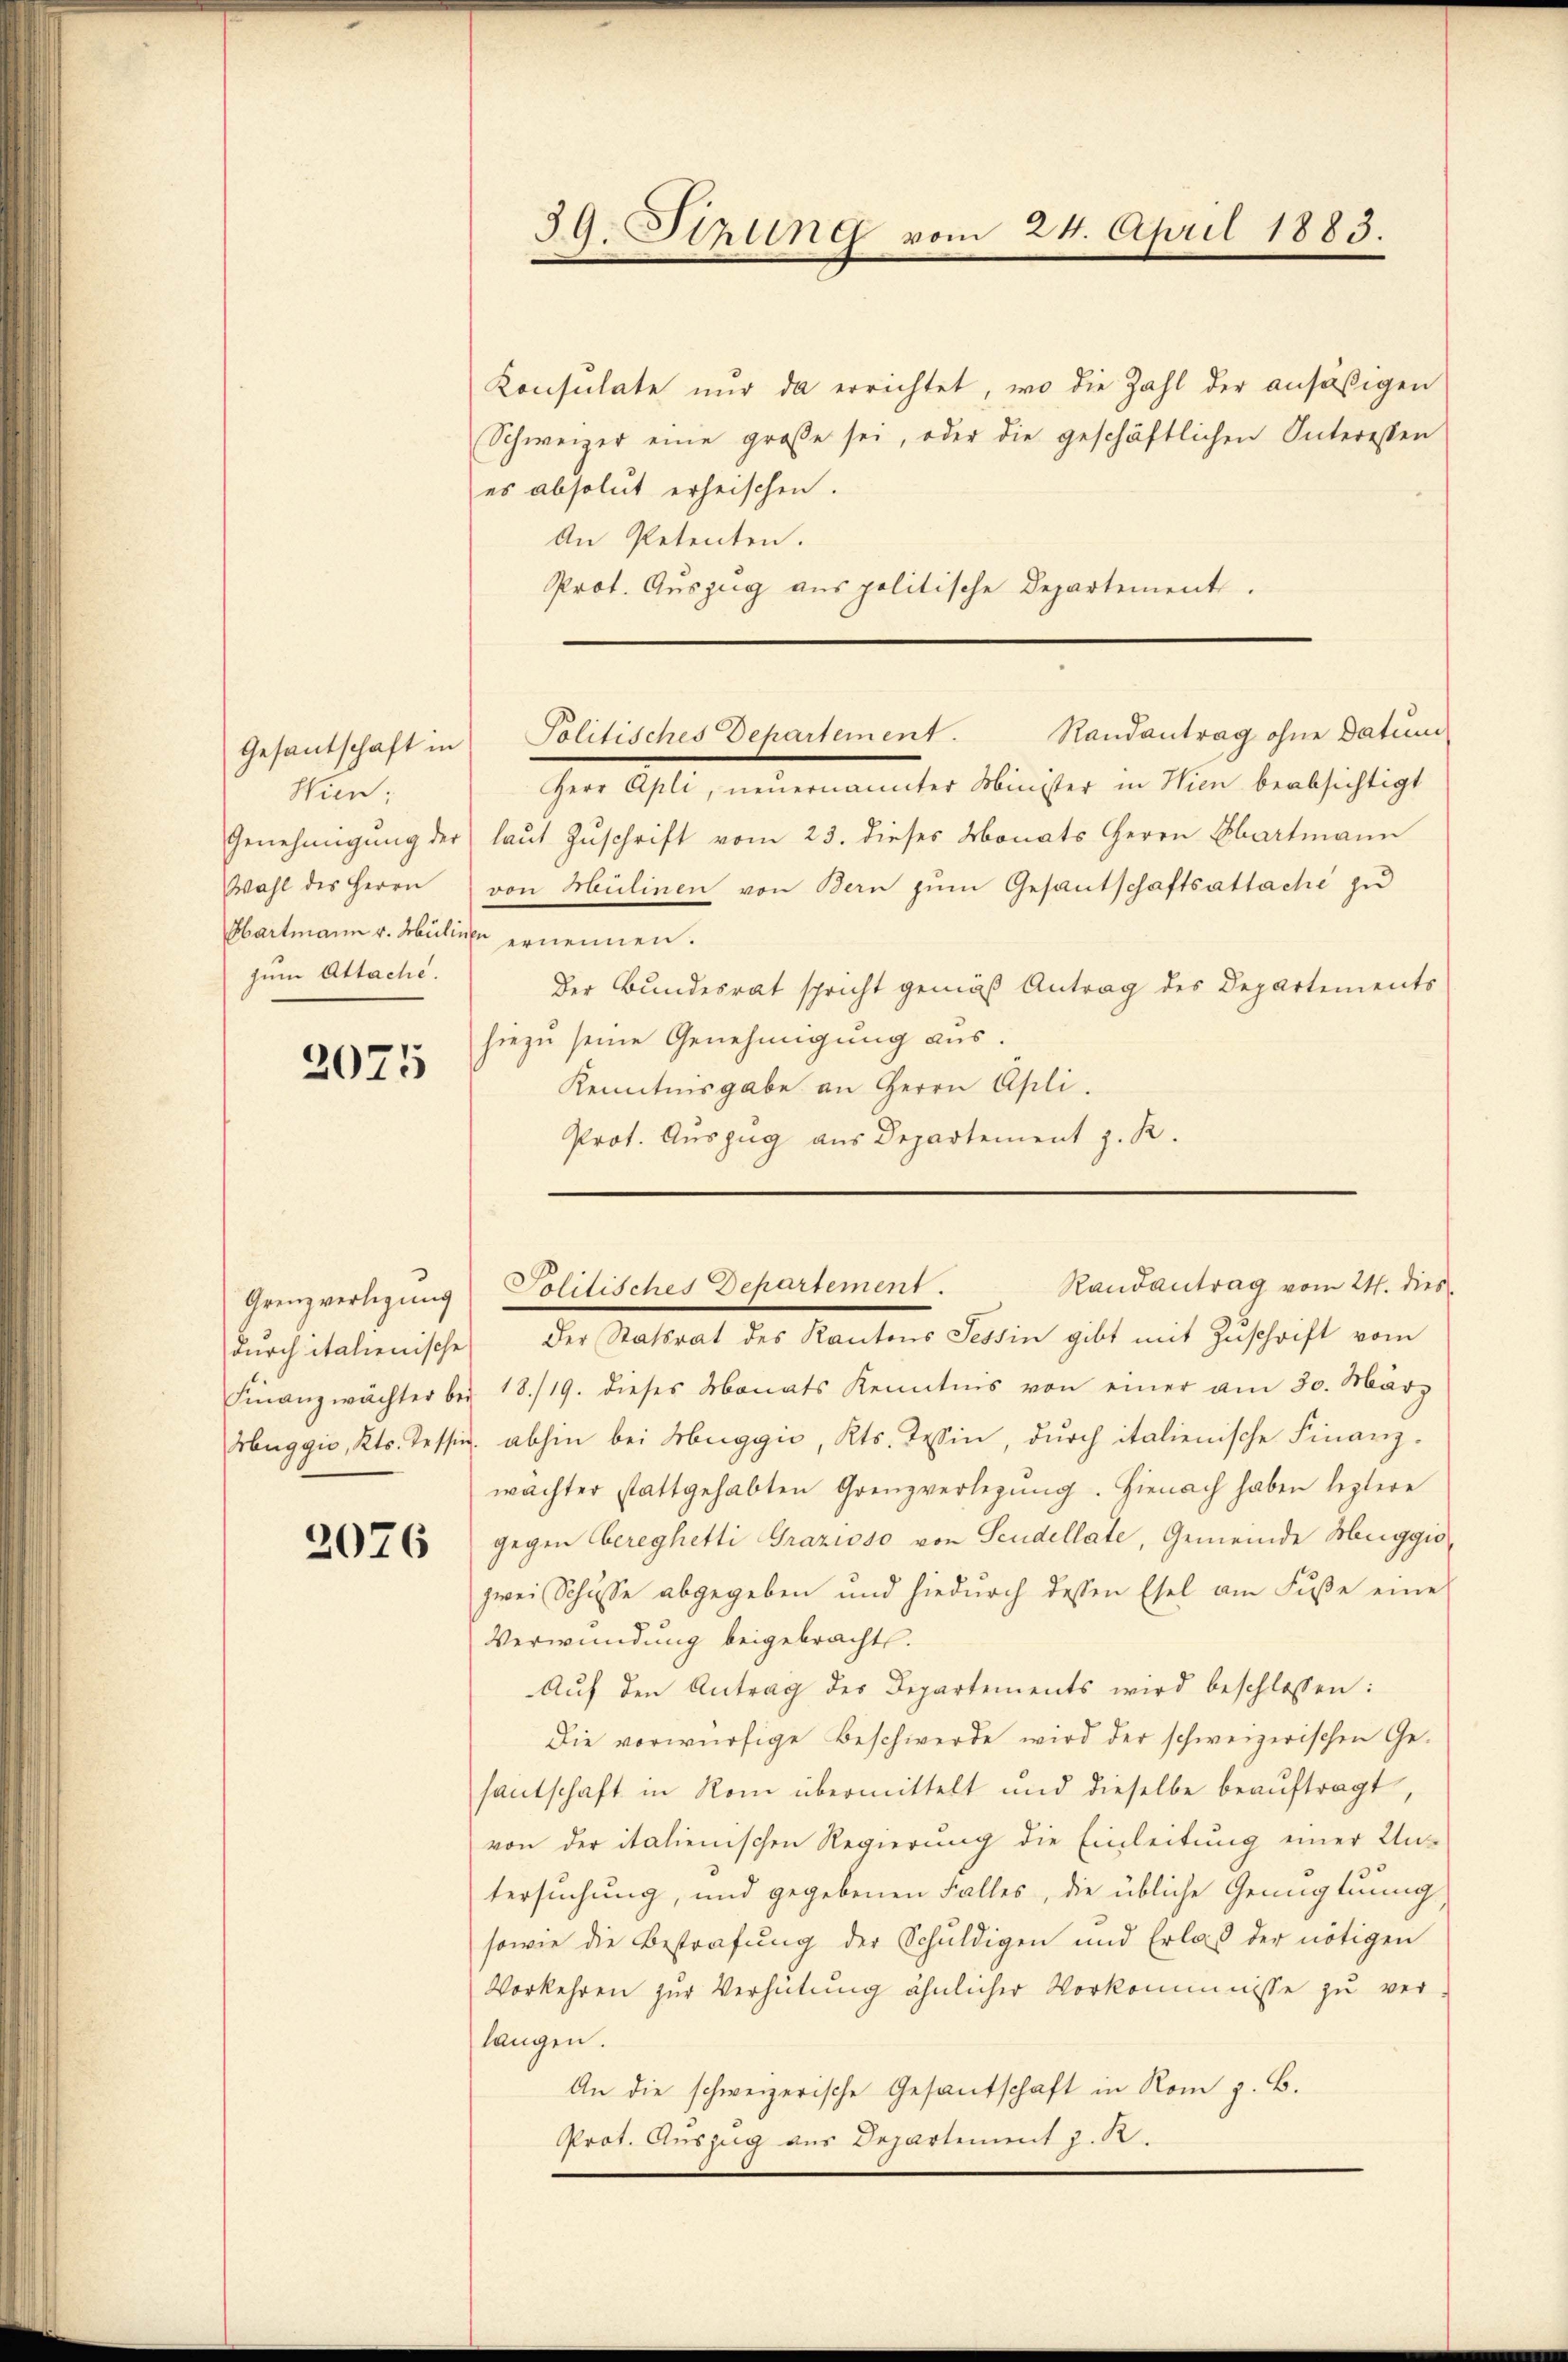
Gesantschaft in
Hien;
Wahl des Herrn
Hartmann v. Müline ernennen.
zum Attache.

2075

2076

39. Stzung vom 24. April 1883.

Konsulate nur da errichtet, wo die Zahl der ansäßigen
Schweizer eine große sei, oder die geschäftlichen Interessen
es absolut erheischen.
An Petenten.
Prot. Auszug aus politische Departement.

Politisches Departement. Randantrag ohne Datum

Finanzwächter bei 18./19. dieses Monats Kenntnis von einer am 30. März
Huggio, Kts. Tessin, abhin bei Muggić, Kts. Wein, durch italienische Finanzwächter stattgehabten Grenzverlegŭng. Hienach haben leztere
gegen Cereghetti Grazioso von Seudellate, Gemeinde Mariggio,
zwei Schüsse abgegeben und hiedŭrch dessen Esel am Fŭβe eine
Verwendung beigebracht.
Auf den Antrag des Departements wird beschlossen:
Die vorwürfige Beschwerde wird der schweizerischen Gesantschaft in Rom übermittelt und dieselbe beauftragt,
von der italienischen Regierung die Einleitung einer Un-
tersuchung, und gegebenen Falles, die übliche Genugtuung,
sowie die Bestrafung der Schuldigen und Erlaß der nötigen
Vorkehren zur Verhütung ähnlicher Vorkommnisse zu verlangen.
An die schweizerische Gesantschaft in Rom z. B.
Prot. Auszug aus Departement z. R.

Randantrag vom 24. dies
Grenzverlegung Politisches Departement.
durch italienische der Statsrat des Kantons Tessin gibt mit Zuschrift vom

Herr Apli, neuernannter Minister in Wien beabsichtigt
Genehmigung der (laut Zuschrift vom 23. dieses Monats Herrn Hartmann
von Hülinen von Bern zum Gesantschaftsattache zu
Der Bundesrat spricht gemäß Antrag des Departements
hiezu seine Genehmigung aus.
Kenntnisgabe an Herrn Apli.
Prot. Auszug aus Departement z. R.